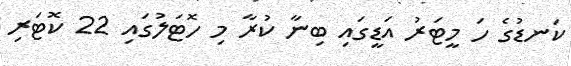
ކަނޑުގެ ހަ މީޓަރު އަޑީގައި ބިނާ ކުރާ މި ހޮޓަލުގައި 22 ކޮޓަރި